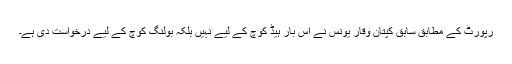
رپورٹ کے مطابق سابق کپتان وقار یونس نے اس بار ہیڈ کوچ کے لیے نہیں بلکہ بولنگ کوچ کے لیے درخواست دی ہے۔